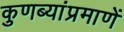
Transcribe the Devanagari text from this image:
कुणब्यांप्रमाणें